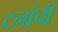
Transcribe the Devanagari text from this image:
टनांची